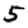
Digit: 5